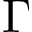
\Gamma